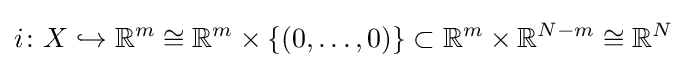
i\colon X\hookrightarrow \mathbb {R} ^{m}\cong \mathbb {R} ^{m}\times \left\{(0,\dots ,0)\right\}\subset \mathbb {R} ^{m}\times \mathbb {R} ^{N-m}\cong \mathbb {R} ^{N}